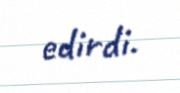
edirdi.